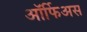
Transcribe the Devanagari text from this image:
ऑर्फिअस